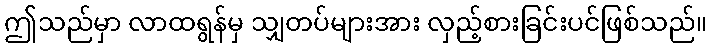
ဤသည်မှာ လာထရွန်မှ သျှတပ်များအား လှည့်စားခြင်းပင်ဖြစ်သည်။